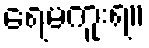
ရေမကူးရ။